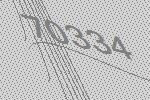
70334